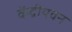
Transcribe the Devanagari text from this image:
केंद्रीयवन